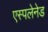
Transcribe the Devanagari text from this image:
एस्पलेनेड